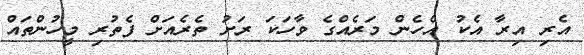
އެރި އިރާ އެކު އެހެން މަރެއްގެ ވާހަކަ ރަށު ތެރެއަށް ފެތުރި މީހުންތައް